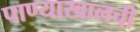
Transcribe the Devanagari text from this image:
पाण्याखालची